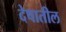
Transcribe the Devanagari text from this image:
देषातील